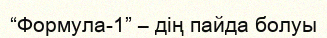
“Формула-1” – дің пайда болуы